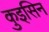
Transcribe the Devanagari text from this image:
कुइसिन